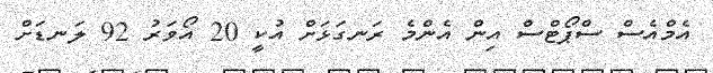
އެމްއެސް ސްޕޯޓްސް އިން އެންމެ ރަނގަޅަށް އުކީ 20 އޯވަރު 92 ލަނޑަށް